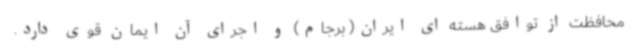
محافظت از توافق هسته ای ایران( برجام) و اجرای آن ایمان قوی دارد.